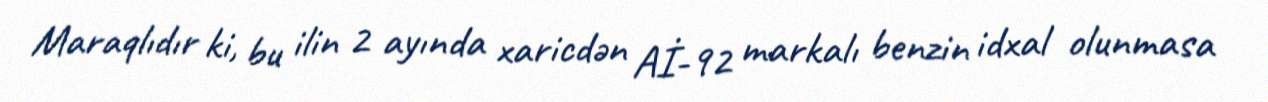
Maraqlıdır ki, bu ilin 2 ayında xaricdən Aİ-92 markalı benzin idxal olunmasa